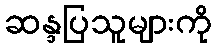
ဆန္ဒပြသူများကို